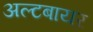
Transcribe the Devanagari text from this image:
अल्टबायर